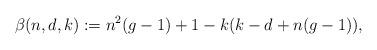
LaTeX: \begin{align*} \beta(n,d,k):=n^2(g-1)+1-k(k-d+n(g-1)),\end{align*}